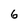
Character: 6